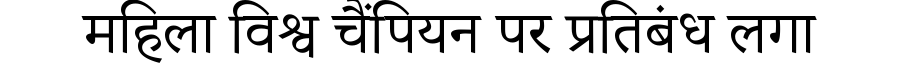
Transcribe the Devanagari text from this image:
महिला विश्व चैंपियन पर प्रतिबंध लगा